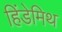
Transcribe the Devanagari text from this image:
हिंडेमिथ